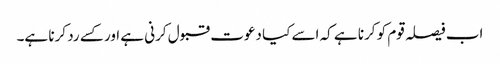
اب فیصلہ قوم کو کرنا ہے کہ اسے کیا دعوت قبول کرنی ہے اور کسے رد کرنا ہے۔